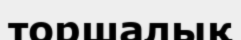
торшалық